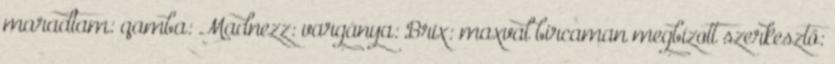
maradtam: qamba: Madnezz: vargánya: Brix: maxval bircaman megbízott szerkesztő: